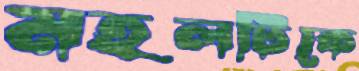
মহলটিকে